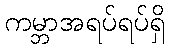
ကမ္ဘာအရပ်ရပ်ရှိ